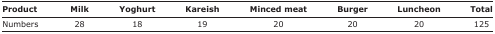
<table><thead><tr><td><b>Product</b></td><td><b>Milk</b></td><td><b>Yoghurt</b></td><td><b>Kareish</b></td><td><b>Minced meat</b></td><td><b>Burger</b></td><td><b>Luncheon</b></td><td><b>Total</b></td></tr></thead><tbody><tr><td>Numbers</td><td>28</td><td>18</td><td>19</td><td>20</td><td>20</td><td>20</td><td>125</td></tr></tbody></table>